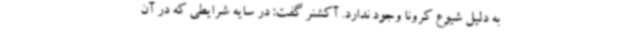
به دلیل شیوع کرونا وجود ندارد. آکشنر گفت: در سایه شرایطی که در آن